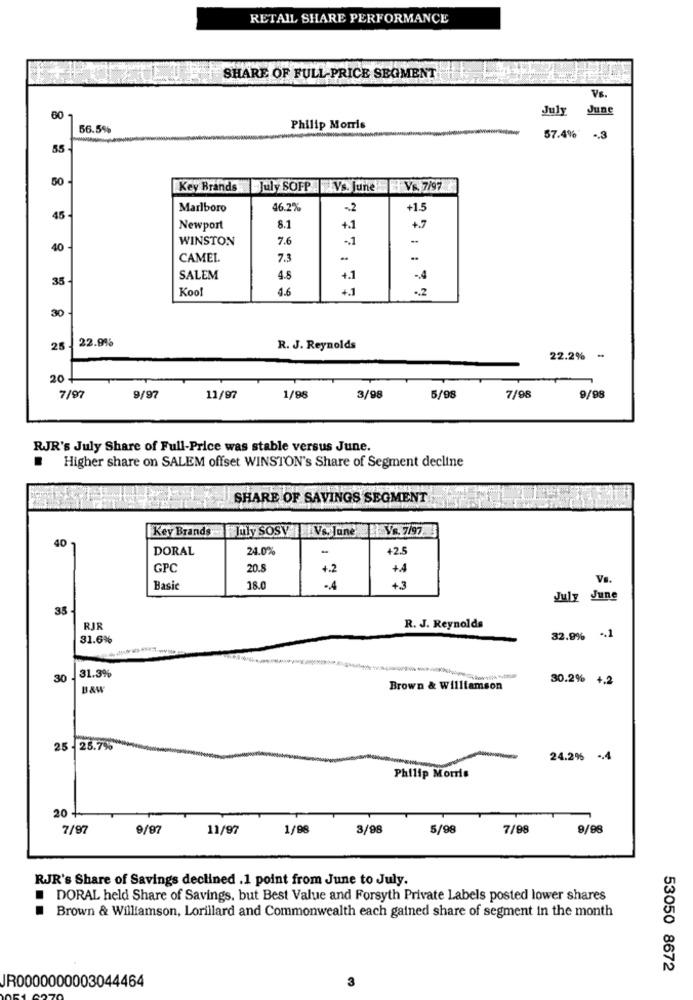
RETAIL SHARE PERFORMANCE
SHARE OF FULL PRICE SEGMENT
Vs.
July
June
60-
56.5%
Philip Morris
57.4%
.. 3
55
50
Key Brands
July SOFP |XVs. June Vs. 7/97
Marlboro
46.2%
-2
+1.5
45
Newport
8.1
+.1
WINSTON
7.6
-. 1
40
CAMEL
7.3
..
35
SALEM
4.5
+.1
-4
Kool
4.6
+1
.2
30
22.9%
25
R. J. Reynolds
22.2% -
20
7/97
9/97
11/97
1/98
3/98
5/98
7/98
9/98
RJR's July Share of Full-Price was stable versus June.
Higher share on SALEM offset WINSTON's Share of Segment decline
SHARE OF SAVINGS SEGMENT
Key Brands
July SOSY | Vs. June Vs. 7/97
40
DORAL
24.0%
GPC
20.
+.2
+4
Vs.
Basic
18.0
.. 4
4.3
July June
35
RJR
R. J. Reynolds
31.6%
32.9% .1
30 -
31.3%
30.2% +,2
B&W
Brown & Williamson
25 - 25.7%
24.2% .. 4
Philip Morris
20 +
7/97
9/97
11/97
1/98
3/98
5/98
7/98
9/98
RJR's Share of Savings declined .1 point from June to July.
DORAL held Share of Savings. but Best Value and Forsyth Private Labels posted lower shares
Brown & Williamson, Lorillard and Commonwealth each gained share of segment in the month
53050 8672
3
JR0000000003044464